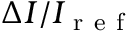
\Delta I / I _ { \mathrm { ~ r ~ e ~ f ~ } }